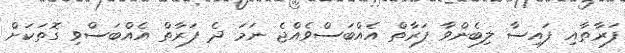
ފަރާތާއި ފައިސާ ލިބެންވާ ފަރާތް އެއްބަސްވެއްޖެ ނަމަ ދެ ފަރާތް އެއްބަސްވި ގޮތަކަށް